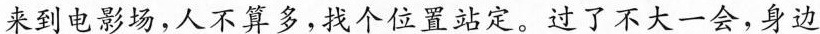
来到电影场，人不算多，找个位置站定。过了不大一会，身边